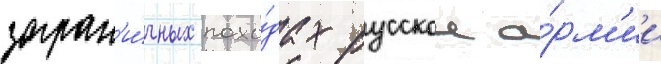
загран'и́чных похо́дах русскои а́рм'ии